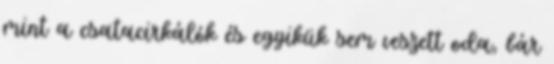
mint a csatacirkálók és egyikük sem veszett oda, bár